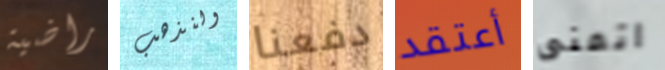
راضية ولنذهب دفعنا أعتقد اتمنى